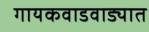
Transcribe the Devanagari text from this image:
गायकवाडवाड्यात